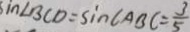
\sin \angle B C D = \sin \angle A B C = \frac { 3 } { 5 }